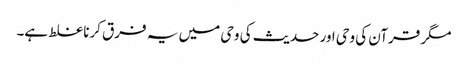
مگر قرآن کی وحی اور حدیث کی وحی میں یہ فرق کرنا غلط ہے۔